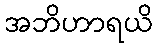
အဘိဟာရယိ